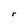
Character: r